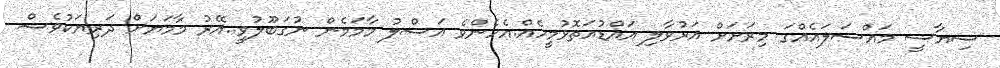
ސިޔާސީ މައްސަލައެއްގަ މިރަށަށް އަރުވާލި އައްޑުއަތޮޅުމީހެއް.އެހެންވެ އަސްލު މާމަމެން ނުގަބޫލުވީ..އޭރު މާމަޔަށް ދަރިޔަކުވެސް